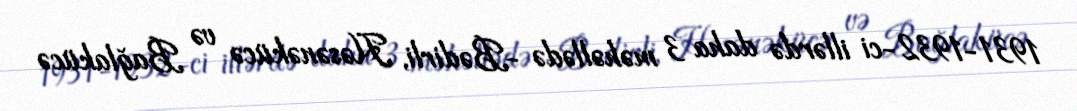
1931-1932-ci illərdə daha 3 məhəllədə -Bədirli, Həsənəkücə və Bağlakücə